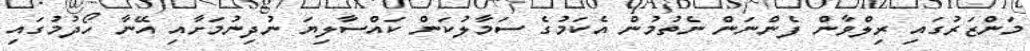
މަންޒަރުގައި ރިލްވާން ފެންނަން ނެތުމުން އެކަމުގެ ސަމާލުކަން ކައްސާލިޔަ ނުދިނުމަށާއި އޭނާ ހޯދުމުގައި